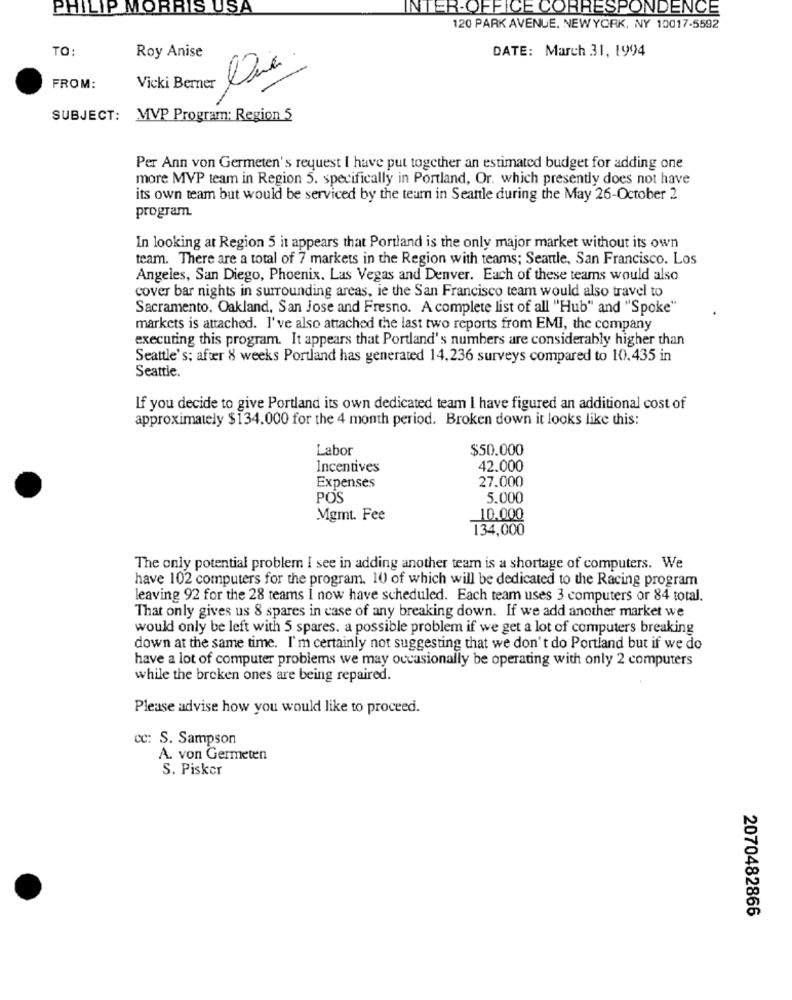
PHILIP MORRIS USA
INTER-OFFICE CORRESPONDENCE
120 PARK AVENUE, NEWYORK, NY 10017-5592
TO:
Roy Anise
DATE: March 31, 1994
FROM:
Vicki Berner
SUBJECT: MVP Program: Region 5
Per Ann von Germeten's request I have put together an estimated budget for adding one
more MVP team in Region 5. specifically in Portland, Or. which presently does not have
its own team but would be serviced by the team in Seattle during the May 26-October 2
program
In looking at Region 5 it appears that Portland is the only major market without its own
team. There are a total of 7 markets in the Region with teams; Seattle, San Francisco. Los
Angeles, San Diego, Phoenix. Las Vegas and Denver. Each of these teams would also
cover bar nights in surrounding areas, ie the San Francisco team would also travel to
Sacramento, Oakland, San Jose and Fresno. A complete list of all "Hub" and "Spoke"
markets is attached. I've also attached the last two reports from EMI, the company
executing this program. It appears that Portland's numbers are considerably higher than
Seattle's; after 8 weeks Portland has generated 14,236 surveys compared to 10.435 in
Seattle.
If you decide to give Portland its own dedicated team I have figured an additional cost of
approximately $134.000 for the 4 month period. Broken down it looks like this:
Labor
$50.000
Incentives
42.000
27.000
Expenses
POS
5,000
Mgmt. Fee
10.000
134,000
The only potential problem I see in adding another team is a shortage of computers. We
have 102 computers for the program. 10 of which will be dedicated to the Racing program
leaving 92 for the 28 teams I now have scheduled. Each team uses 3 computers or 84 total.
That only gives us 8 spares in case of any breaking down. If we add another market we
would only be left with 5 spares. a possible problem if we get a lot of computers breaking
down at the same time. I'm certainly not suggesting that we don't do Portland but if we do
have a lot of computer problems we may occasionally be operating with only 2 computers
while the broken ones are being repaired.
Please advise how you would like to proceed.
cc: S. Sampson
A. von Germeten
S. Pisker
2070482866